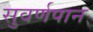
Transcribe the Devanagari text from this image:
सुवर्णपान